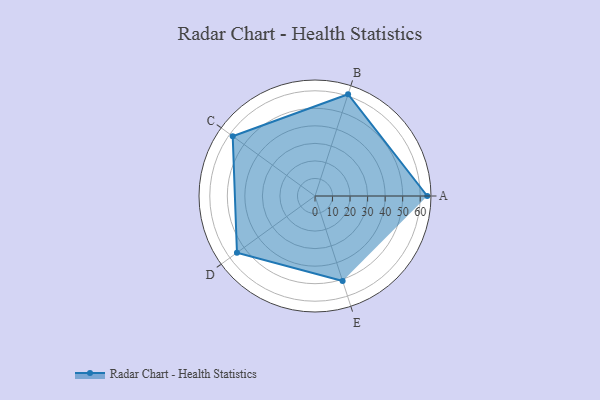
{"axis": {"x": "Skill", "y": "Score"}, "legend": ["Profile"], "data": [{"x": "A", "y": 64.0, "type": "Profile"}, {"x": "B", "y": 61.0, "type": "Profile"}, {"x": "C", "y": 58.0, "type": "Profile"}, {"x": "D", "y": 55.0, "type": "Profile"}, {"x": "E", "y": 51.0, "type": "Profile"}]}